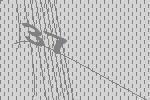
37